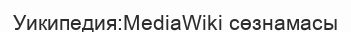
Уикипедия:MediaWiki сөзнамасы